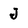
Character: J